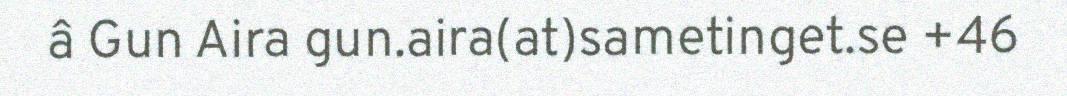
â Gun Aira gun.aira(at)sametinget.se +46